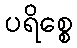
ပရိစ္စေ